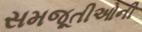
સમજૂતીઓની